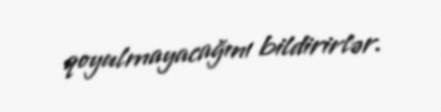
qoyulmayacağını bildirirlər.